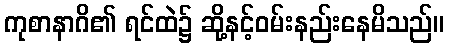
ကုစာနာဂိ၏ ရင်ထဲ၌ ဆို့နင့်ဝမ်းနည်းနေမိသည်။